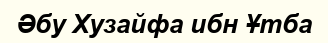
Әбу Хузайфа ибн Ұтба